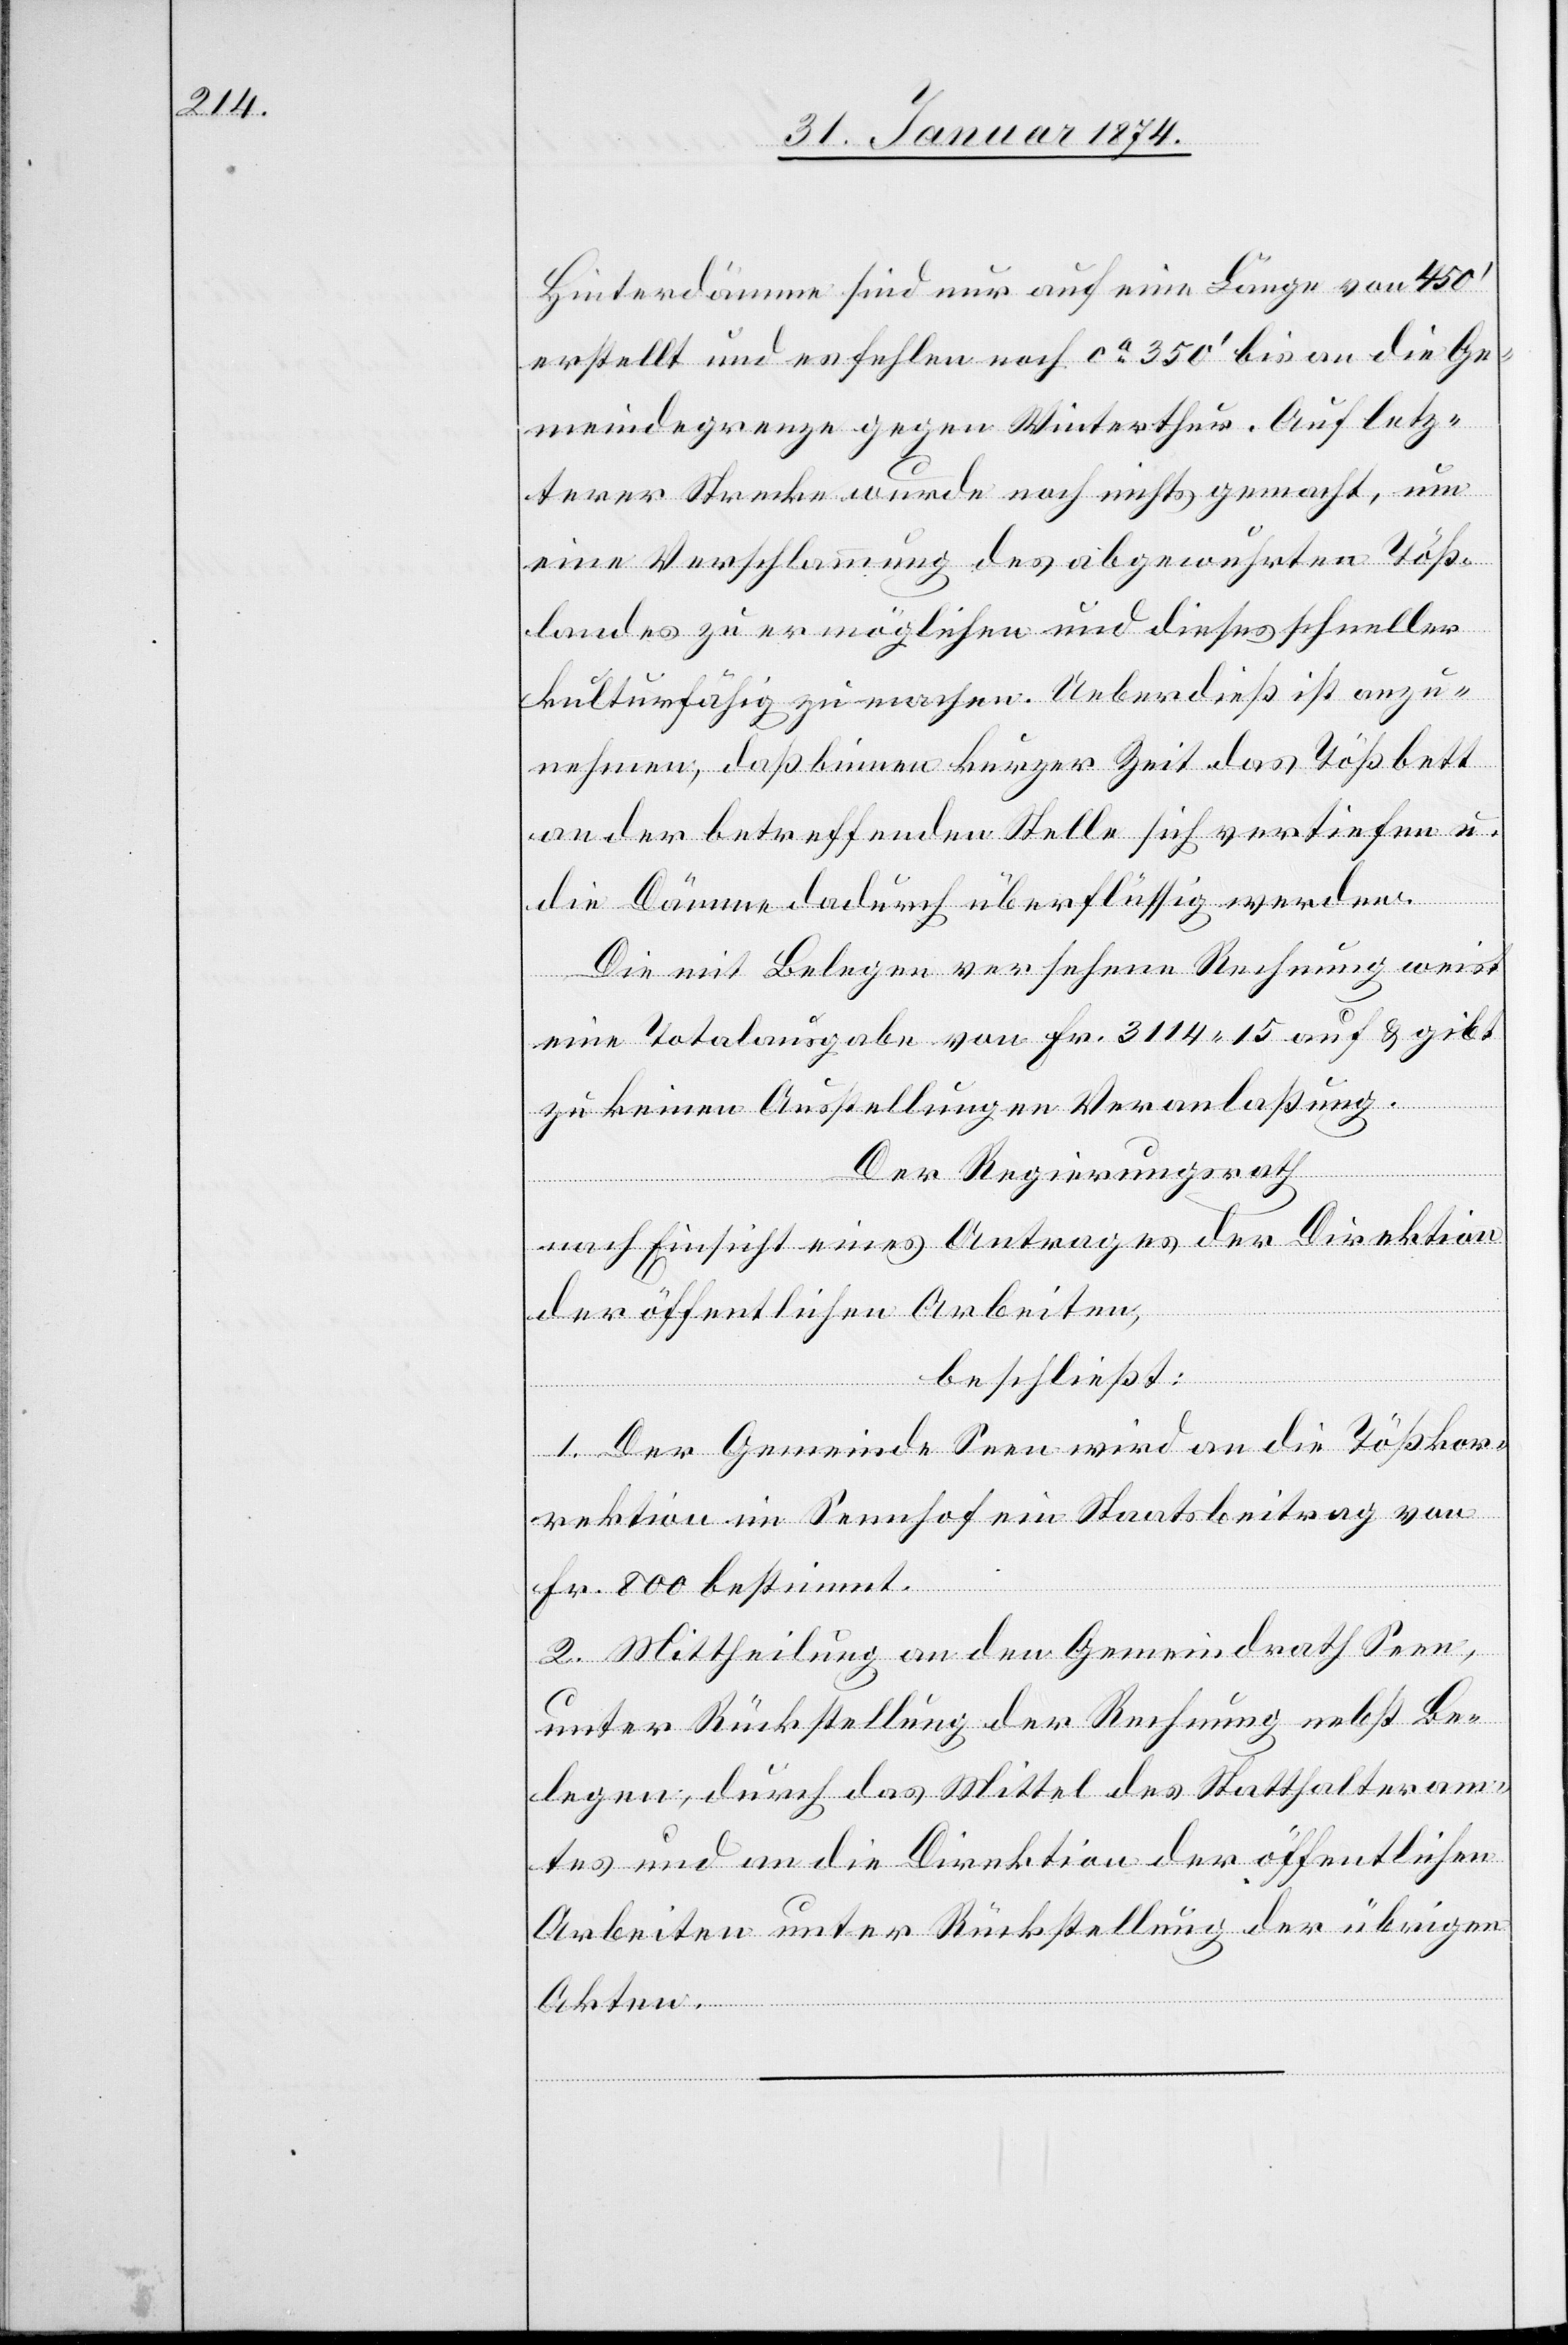
Hinterdämme sind nur auf eine Länge von 450‘
erstellt und es fehlen noch ca 350‘ bis an die Ge¬
meindegrenze gegen Winterthur. Auf letz¬
terer Strecke wurde noch nichts gemacht, um
eine Verschlammung des abgewuhrten Töß¬
landes zu ermöglichen und dieses schneller
kulturfähig zu machen. Ueberdieß ist anzu¬
nehmen, daß binnen kurzer Zeit das Tößbett
an der betreffenden Stelle sich vertiefen u.
die Dämme dadurch überflüssig werden.
Die mit Belegen versehene Rechnung weist
eine Totalausgabe von Fr. 3114.15 auf & gibt
zu keinen Ausstellungen Veranlaßung.
Der Regierungsrath
nach Einsicht eines Antrages der Direktion
der öffentlichen Arbeiten,
beschließt:
1. Der Gemeinde Seen wird an die Tößkor¬
rektion im Seenhof ein Staatsbeitrag von
Fr. 800 bestimmt.
2. Mittheilung an den Gemeindrath Seen
unter Rückstellung der Rechnung nebst Be¬
legen, durch das Mittel des Statthalteram¬
tes und an die Direktion der öffentlichen
Arbeiten unter Rückstellung der übrigen
Akten.